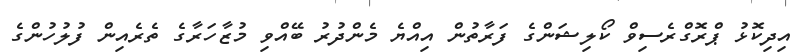
އިދިކޮޅު ޕްރޮގްރެސިވް ކޯލިޝަންގެ ފަރާތުން އިއްޔެ މެންދުރު ބޭއްވި މުޒާހަރާގެ ތެރެއިން ފުލުހުންގެ